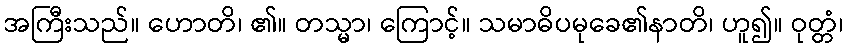
အကြီးသည်။ ဟောတိ၊ ၏။ တသ္မာ၊ ကြောင့်။ သမာဓိပမုခေ၏နာတိ၊ ဟူ၍။ ဝုတ္တံ၊